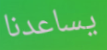
يساعدنا